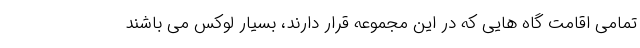
تمامی اقامت گاه هایی که در این مجموعه قرار دارند، بسیار لوکس می باشند